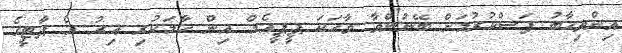
އިންތިހާބު ފަސްކުރުމަށް ބޭނުންވާ ވާހަކަ ޕީޕީއެމް އިން ހާމަކުރި އިރު އެ ޕާޓީގެ